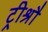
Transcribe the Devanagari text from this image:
ट्रीश्रौ